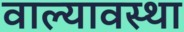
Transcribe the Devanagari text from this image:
वाल्यावस्था